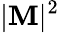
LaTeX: |\mathbf{M}|^{2}